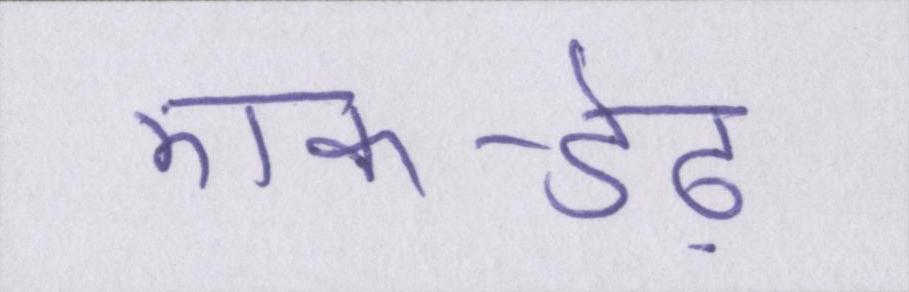
एक-डेढ़